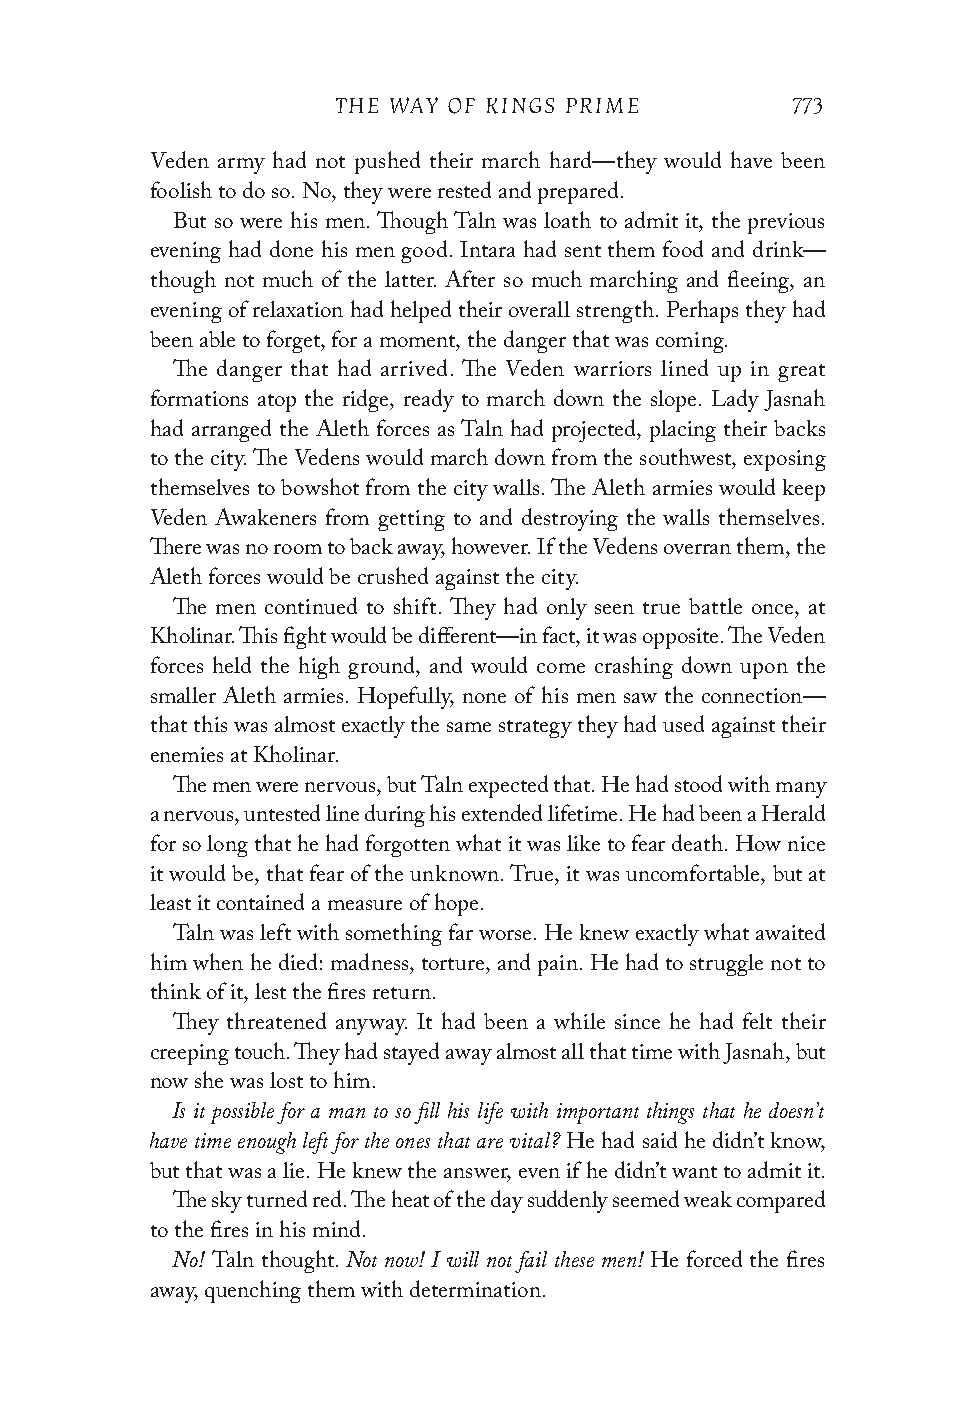
THE WAY OF KINGS PRIME        773
 Veden army had not pushed their march hard—they would have been
 foolish to do so. No, they were rested and prepared.
 But so were his men. Though Taln was loath to admit it, the previous
 evening had done his men good. Intara had sent them food and drink—
 though not much of the latter. After so much marching and fleeing, an
 evening of relaxation had helped their overall strength. Perhaps they had
 been able to forget, for a moment, the danger that was coming.
 The danger that had arrived. The Veden warriors lined up in great
 formations atop the ridge, ready to march down the slope. Lady Jasnah
 had arranged the Aleth forces as Taln had projected, placing their backs
 to the city. The Vedens would march down from the southwest, exposing
 themselves to bowshot from the city walls. The Aleth armies would keep
 Veden Awakeners from getting to and destroying the walls themselves.
 There was no room to back away, however. If the Vedens overran them, the
 Aleth forces would be crushed against the city.
 The men continued to shift. They had only seen true battle once, at
 Kholinar. This fight would be different—in fact, it was opposite. The Veden
 forces held the high ground, and would come crashing down upon the
 smaller Aleth armies. Hopefully, none of his men saw the connection—
 that this was almost exactly the same strategy they had used against their
 enemies at Kholinar.
 The men were nervous, but Taln expected that. He had stood with many
 a nervous, untested line during his extended lifetime. He had been a Herald
 for so long that he had forgotten what it was like to fear death. How nice
 it would be, that fear of the unknown. True, it was uncomfortable, but at
 least it contained a measure of hope.
 Taln was left with something far worse. He knew exactly what awaited
 him when he died: madness, torture, and pain. He had to struggle not to
 think of it, lest the fires return.
 They threatened anyway. It had been a while since he had felt their
 creeping touch. They had stayed away almost all that time with Jasnah, but
 now she was lost to him.
 Is it possible for a man to so fill his life with important things that he doesn’t
 have time enough left for the ones that are vital?
 He had said he didn’t know,
 but that was a lie. He knew the answer, even if he didn’t want to admit it.
 The sky turned red. The heat of the day suddenly seemed weak compared
 to the fires in his mind.
 No!         Not now! I will not fail these men!
 Taln thought.                He forced the fires
 away, quenching them with determination.